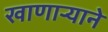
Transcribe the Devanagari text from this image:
खाणाऱ्याने